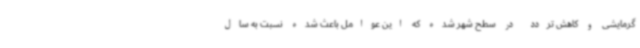
گرمایشی و کاهش تردد در سطح شهر شده که این عوامل باعث شده نسبت به سال